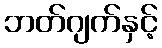
ဘတ်ဂျက်နှင့်